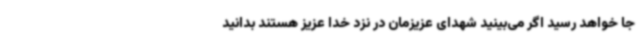
جا خواهد رسید اگر می‌بینید شهدای عزیزمان در نزد خدا عزیز هستند بدانید